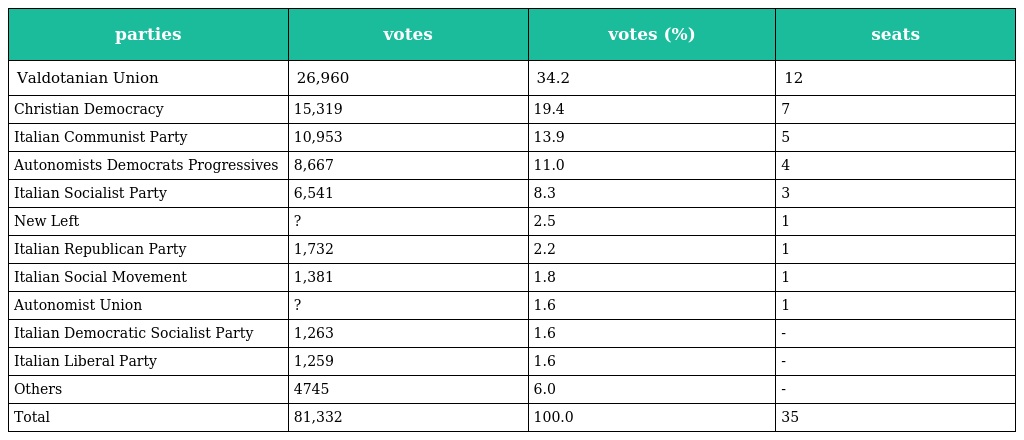
| parties | votes | votes (%) | seats |
 | --- | --- | --- | --- |
 | Valdotanian Union | 26,960 | 34.2 | 12 |
 | Christian Democracy | 15,319 | 19.4 | 7 |
 | Italian Communist Party | 10,953 | 13.9 | 5 |
 | Autonomists Democrats Progressives | 8,667 | 11.0 | 4 |
 | Italian Socialist Party | 6,541 | 8.3 | 3 |
 | New Left | ? | 2.5 | 1 |
 | Italian Republican Party | 1,732 | 2.2 | 1 |
 | Italian Social Movement | 1,381 | 1.8 | 1 |
 | Autonomist Union | ? | 1.6 | 1 |
 | Italian Democratic Socialist Party | 1,263 | 1.6 | - |
 | Italian Liberal Party | 1,259 | 1.6 | - |
 | Others | 4745 | 6.0 | - |
 | Total | 81,332 | 100.0 | 35 |